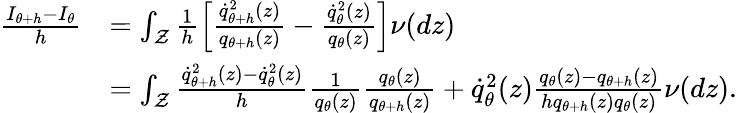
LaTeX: \begin{array}{rl}{\frac{I_{\theta+h}-I_{\theta}}{h}}&{=\int_{\mathcal Z}\frac{1}{h}\left[\frac{\dot{q}_{\theta+h}^{2}(z)}{q_{\theta+h}(z)}-\frac{\dot{q}_{\theta}^{2}(z)}{q_{\theta}(z)}\right]\nu(dz)}\\ &{=\int_{\mathcal Z}\frac{\dot{q}_{\theta+h}^{2}(z)-\dot{q}_{\theta}^{2}(z)}{h}\frac{1}{q_{\theta}(z)}\frac{q_{\theta}(z)}{q_{\theta+h}(z)}+\dot{q}_{\theta}^{2}(z)\frac{q_{\theta}(z)-q_{\theta+h}(z)}{hq_{\theta+h}(z)q_{\theta}(z)}\nu(dz).}\end{array}